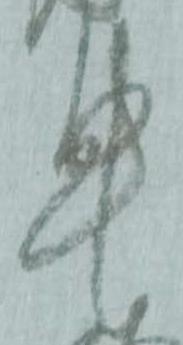
申